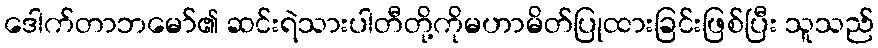
ဒေါက်တာဘမော်၏ ဆင်းရဲသားပါတီတို့ကိုမဟာမိတ်ပြုထားခြင်းဖြစ်ပြီး သူသည်